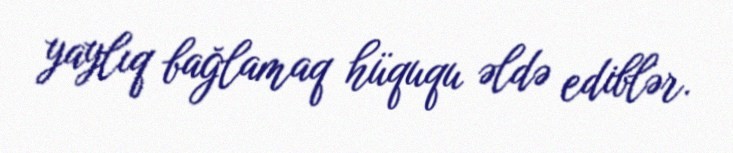
yaylıq bağlamaq hüququ əldə ediblər.